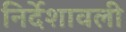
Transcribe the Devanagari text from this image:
निर्देशावली